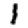
Digit: 1